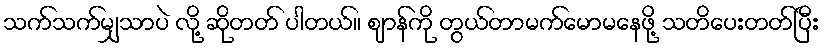
သက်သက်မျှသာပဲ လို့ ဆိုတတ် ပါတယ်။ ဈာန်ကို တွယ်တာမက်မောမနေဖို့ သတိပေးတတ်ပြီး